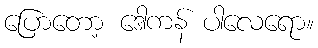
ပြောတော့ ဒေါကန် ပါလေရော။